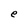
Character: e